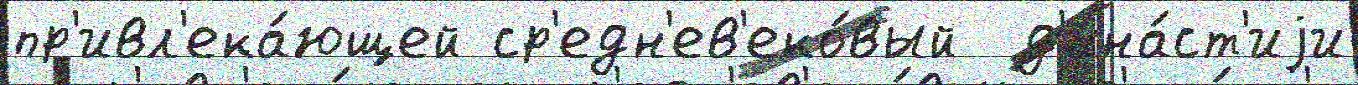
пр'ивл'ека́ющей ср'едн'ев'еко́вый  д'ина́ст'иjи